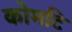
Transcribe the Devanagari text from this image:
कोमटि